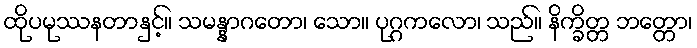
ထိုပမုဿနတာနှင့်။ သမန္နာဂတော၊ သော။ ပုဂ္ဂကလော၊ သည်။ နိက္ခိတ္တ ဘတ္တော၊